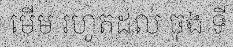
មើម រហូតដល់ ចុង ទី